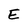
Character: E